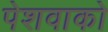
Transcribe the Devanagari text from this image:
पेशवाको